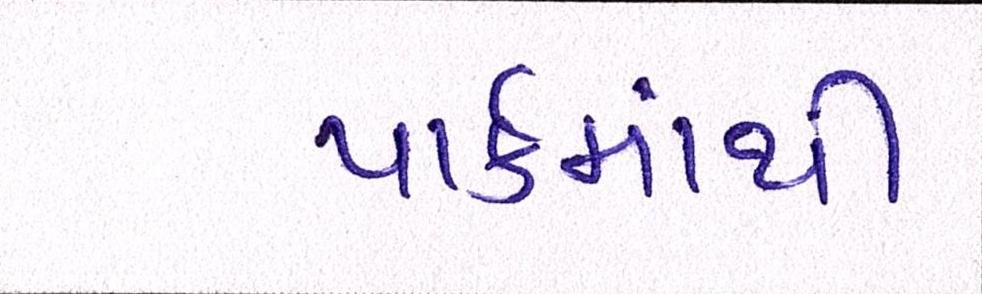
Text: પાર્કમાંથી